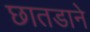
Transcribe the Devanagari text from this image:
छातडाने